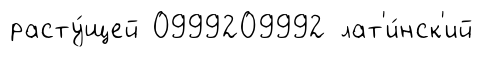
расту́щей 0999209992 лат'и́нск'ий